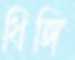
ধিঙ্গি